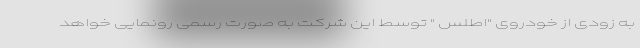
به زودی از خودروی "اطلس " توسط این شرکت به صورت رسمی رونمایی خواهد